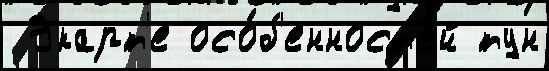
 Экарт'е осо́б'енност'ей тун